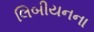
લિબીયનના